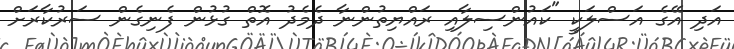
އަދި އޭގެ އަސްލަކީ "ކައުންސިލާއި ރައްޔިތުންނާ ދެމެދު އޮތް ގުޅުން ފެނިގެން ސަރުކާރަށް